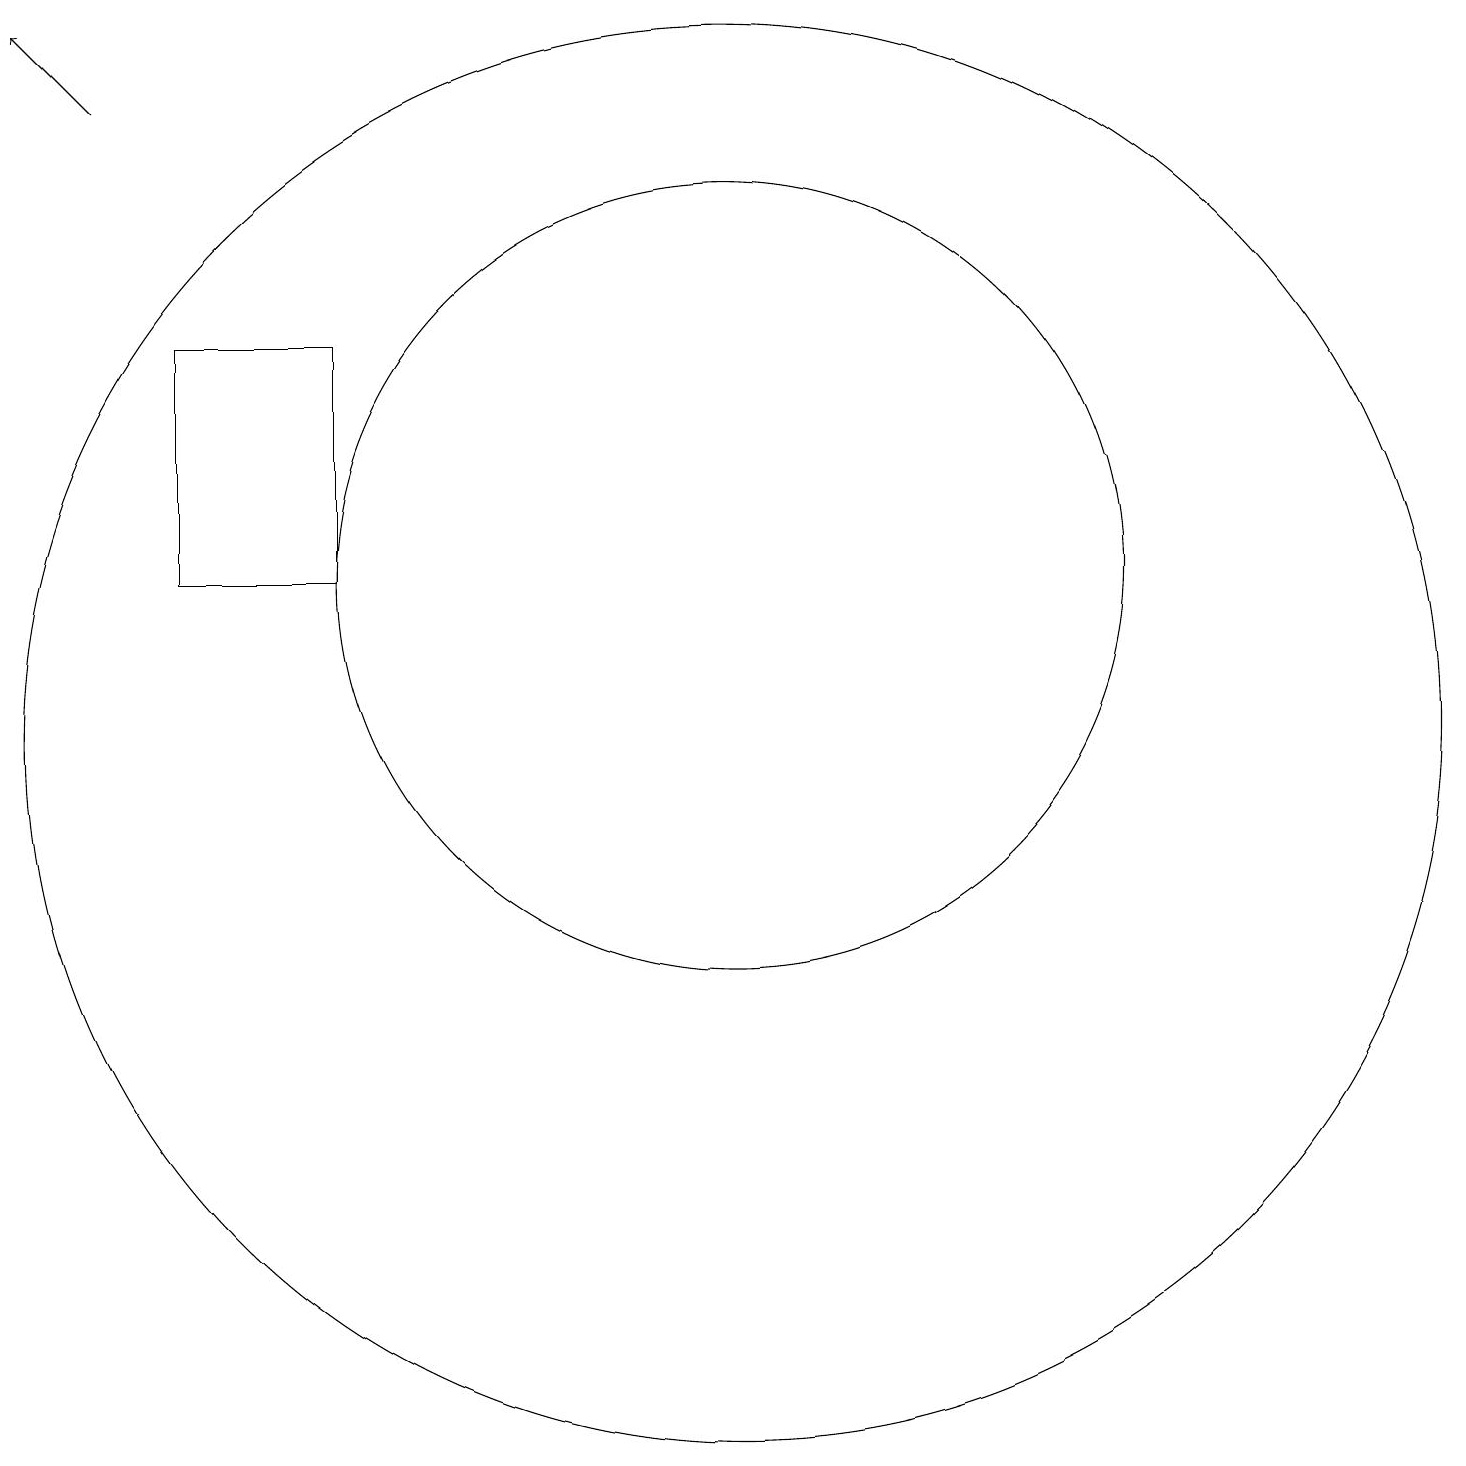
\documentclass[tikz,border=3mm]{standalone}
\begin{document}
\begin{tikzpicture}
\draw (10,10) circle (9);
\draw (5,12) rectangle (3,15);
\draw[->] (2,18) -- (1,19);
\draw (10,12) circle (5);
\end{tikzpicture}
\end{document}